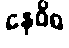
နေဝိဓ